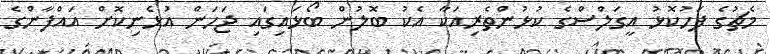
މެޗުގެ ފަހުކޮޅު އީގަލްސްގެ ކުޅުންތެރިއަކާ އެކު ބޮލުން ބޯޅައިގައި ޖަހަން އުޅެނިކޮށް އައްފާންގެ